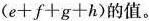
$$(e+f+g+h)$$的值。